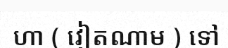
ហា ( វៀតណាម ) ទៅ